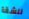
للشقة